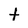
Character: t